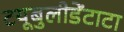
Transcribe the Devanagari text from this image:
टयूबुलीडेंटाटा